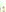
: